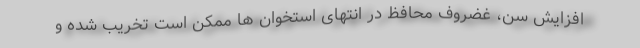
افزایش سن، غضروف محافظ در انتهای استخوان ها ممکن است تخریب شده و